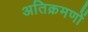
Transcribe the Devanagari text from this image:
अतिक्रमणों